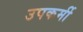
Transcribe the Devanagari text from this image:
उपकर्मी